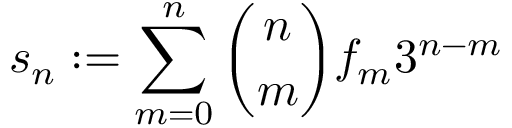
s _ { n } : = \sum _ { m = 0 } ^ { n } { \binom { n } { m } } f _ { m } 3 ^ { n - m }